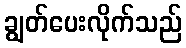
ချွတ်ပေးလိုက်သည်